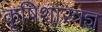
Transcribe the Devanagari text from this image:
कृ्षिशास्त्रज्ञ